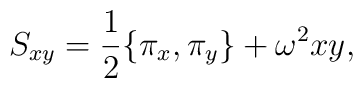
S_{xy} =\frac{1}{2} \{ \pi_x, \pi_y \} + \omega^2 xy,